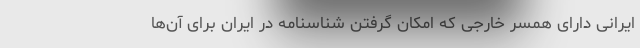
ایرانی دارای همسر خارجی که امکان گرفتن شناسنامه در ایران برای آن‌ها